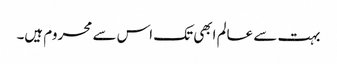
بہت سے عالم ابھی تک اس سے محروم ہیں۔